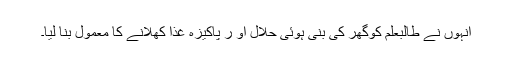
انہوں نے طالبعلم کوگھر کی بنی ہوئی حلال او ر پاکیزہ غذا کھلانے کا معمول بنا لیا۔